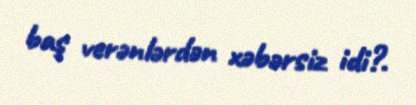
baş verənlərdən xəbərsiz idi?.